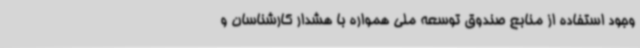
وجود استفاده از منابع صندوق توسعه ملی همواره با هشدار کارشناسان و